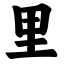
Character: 里